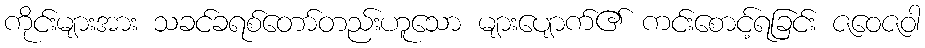
ကိုင်းများအား သခင်ခရစ်တော်တည်းဟူသော များပျောက်၏ ကင်းစောင့်ရခြင်း ဇဝေဇဝါ